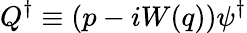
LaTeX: Q^{\dagger}\equiv(p-iW(q))\psi^{\dagger}